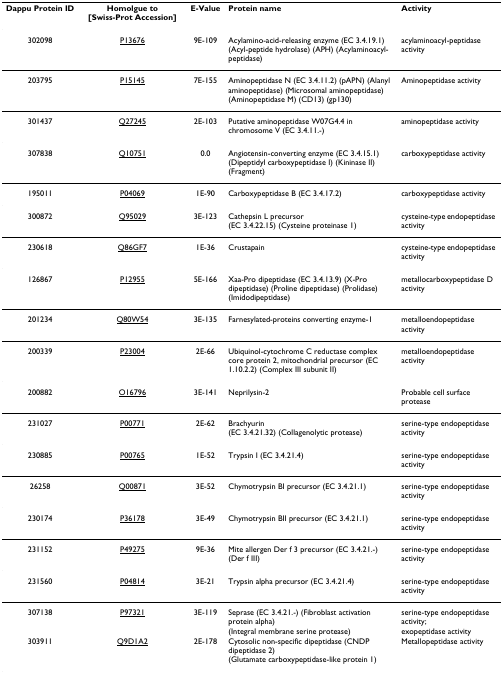
<table><thead><tr><td><b>Dappu Protein ID</b></td><td><b>Homolgue to [Swiss-Prot Accession]</b></td><td><b>E-Value</b></td><td><b>Protein name</b></td><td><b>Activity</b></td></tr></thead><tbody><tr><td>302098</td><td>P13676</td><td>9E-109</td><td>Acylamino-acid-releasing enzyme (EC 3.4.19.1) (Acyl-peptide hydrolase) (APH) (Acylaminoacyl-peptidase)</td><td>acylaminoacyl-peptidase activity</td></tr><tr><td>203795</td><td>P15145</td><td>7E-155</td><td>Aminopeptidase N (EC 3.4.11.2) (pAPN) (Alanyl aminopeptidase) (Microsomal aminopeptidase) (Aminopeptidase M) (CD13) (gp130)</td><td>Aminopeptidase activity</td></tr><tr><td>301437</td><td>Q27245</td><td>2E-103</td><td>Putative aminopeptidase W07G4.4 in chromosome V (EC 3.4.11.-)</td><td>aminopeptidase activity</td></tr><tr><td>307838</td><td>Q10751</td><td>0.0</td><td>Angiotensin-converting enzyme (EC 3.4.15.1) (Dipeptidyl carboxypeptidase I) (Kininase II) (Fragment)</td><td>carboxypeptidase activity</td></tr><tr><td>195011</td><td>P04069</td><td>1E-90</td><td>Carboxypeptidase B (EC 3.4.17.2)</td><td>carboxypeptidase activity</td></tr><tr><td>300872</td><td>Q95029</td><td>3E-123</td><td>Cathepsin L precursor (EC 3.4.22.15) (Cysteine proteinase 1)</td><td>cysteine-type endopeptidase activity</td></tr><tr><td>230618</td><td>Q86GF7</td><td>1E-36</td><td>Crustapain</td><td>cysteine-type endopeptidase activity</td></tr><tr><td>126867</td><td>P12955</td><td>5E-166</td><td>Xaa-Pro dipeptidase (EC 3.4.13.9) (X-Pro dipeptidase) (Proline dipeptidase) (Prolidase) (Imidodipeptidase)</td><td>metallocarboxypeptidase D activity</td></tr><tr><td>201234</td><td>Q80W54</td><td>3E-135</td><td>Farnesylated-proteins converting enzyme-1</td><td>metalloendopeptidase activity</td></tr><tr><td>200339</td><td>P23004</td><td>2E-66</td><td>Ubiquinol-cytochrome C reductase complex core protein 2, mitochondrial precursor (EC 1.10.2.2) (Complex III subunit II)</td><td>metalloendopeptidase activity</td></tr><tr><td>200882</td><td>O16796</td><td>3E-141</td><td>Neprilysin-2</td><td>Probable cell surface protease</td></tr><tr><td>231027</td><td>P00771</td><td>2E-62</td><td>Brachyurin (EC 3.4.21.32) (Collagenolytic protease)</td><td>serine-type endopeptidase activity</td></tr><tr><td>230885</td><td>P00765</td><td>1E-52</td><td>Trypsin I (EC 3.4.21.4)</td><td>serine-type endopeptidase activity</td></tr><tr><td>26258</td><td>Q00871</td><td>3E-52</td><td>Chymotrypsin BI precursor (EC 3.4.21.1)</td><td>serine-type endopeptidase activity</td></tr><tr><td>230174</td><td>P36178</td><td>3E-49</td><td>Chymotrypsin BII precursor (EC 3.4.21.1)</td><td>serine-type endopeptidase activity</td></tr><tr><td>231152</td><td>P49275</td><td>9E-36</td><td>Mite allergen Der f 3 precursor (EC 3.4.21.-) (Der f III)</td><td>serine-type endopeptidase activity</td></tr><tr><td>231560</td><td>P04814</td><td>3E-21</td><td>Trypsin alpha precursor (EC 3.4.21.4)</td><td>serine-type endopeptidase activity</td></tr><tr><td>307138</td><td>P97321</td><td>3E-119</td><td>Seprase (EC 3.4.21.-) (Fibroblast activation protein alpha) (Integral membrane serine protease)</td><td>serine-type endopeptidase activity;exopeptidase activity</td></tr><tr><td>303911</td><td>Q9D1A2</td><td>2E-178</td><td>Cytosolic non-specific dipeptidase (CNDP dipeptidase 2) (Glutamate carboxypeptidase-like protein 1)</td><td>Metallopeptidase activity</td></tr></tbody></table>